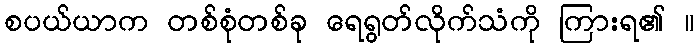
စပယ်ယာက တစ်စုံတစ်ခု ရေရွတ်လိုက်သံကို ကြားရ၏ ။